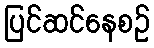
ပြင်ဆင်နေစဉ်